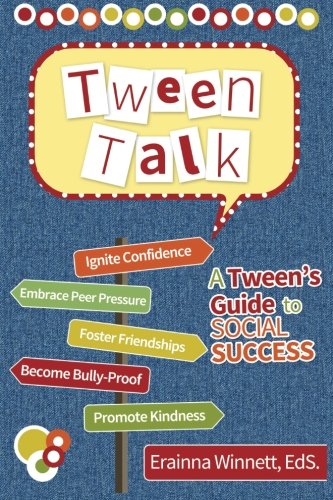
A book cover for Tween Talk: A Tween's Guide to Social Success (Tween Success Series); Erainna Winnett; Teen & Young Adult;